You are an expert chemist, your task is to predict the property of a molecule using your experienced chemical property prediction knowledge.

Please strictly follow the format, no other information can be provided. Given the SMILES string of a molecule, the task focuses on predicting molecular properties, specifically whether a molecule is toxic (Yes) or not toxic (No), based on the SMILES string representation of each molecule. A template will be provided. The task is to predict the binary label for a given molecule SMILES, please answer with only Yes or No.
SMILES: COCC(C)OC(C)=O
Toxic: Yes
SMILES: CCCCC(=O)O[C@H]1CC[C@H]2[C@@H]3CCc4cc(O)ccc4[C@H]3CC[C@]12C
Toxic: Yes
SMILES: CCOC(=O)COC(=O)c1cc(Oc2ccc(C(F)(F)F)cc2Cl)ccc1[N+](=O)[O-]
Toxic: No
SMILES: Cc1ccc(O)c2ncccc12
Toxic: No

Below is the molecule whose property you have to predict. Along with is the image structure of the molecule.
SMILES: COc1cc(N)c(Cl)cc1C(=O)NC1CN2CCC1CC2
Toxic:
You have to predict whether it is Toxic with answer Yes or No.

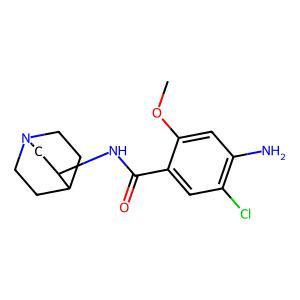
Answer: No